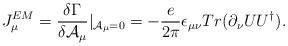
LaTeX: \begin{align*}J^{EM}_\mu = \frac{\delta\Gamma}{\delta {\cal A}_\mu}|_{{\cal A}_\mu=0}=-\frac{e}{2\pi}\epsilon_{\mu\nu} Tr(\partial_\nu UU^\dag).\end{align*}